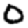
Digit: 0